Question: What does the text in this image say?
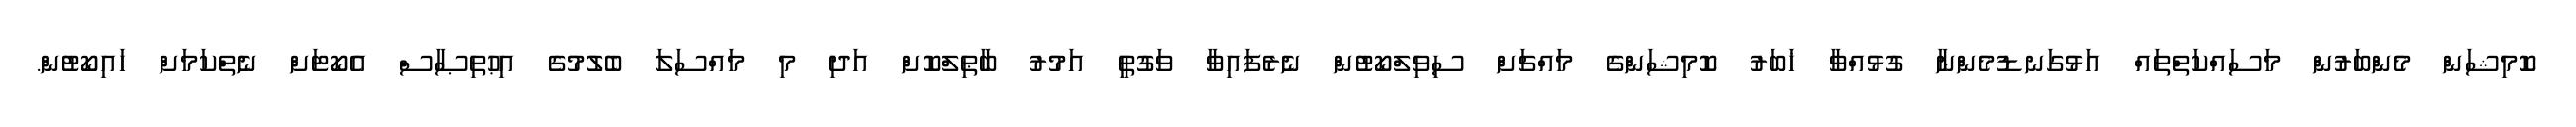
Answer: ކޮމިޝަން މެންބަރުން މަސައްކަތްތައް އަޅުގަނޑުމެންނާ ގުޅުއްވާ ޚަބަރު ކޮމިޝަންގެ މައްޗަށް ސިވިލްކޯޓުން ނެރެފައިވާ ވަގުތީ އަމުރު ބާޠިލްކޮށް އަދި މި މައްސަލަ ބެލުމުގެ އިޙުތިޞާސް އެކޯޓަށް ނެތްކަމަށް ހައިކޯޓުން.